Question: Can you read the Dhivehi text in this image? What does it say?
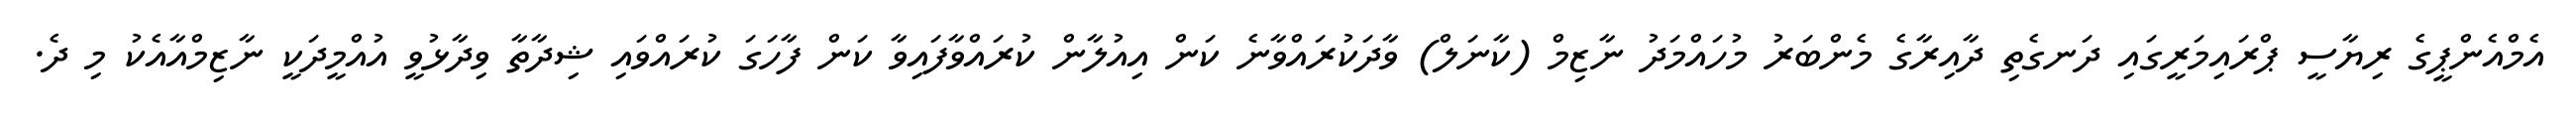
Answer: އެމްއެންޕީގެ ރިޔާސީ ޕްރައިމަރީގައި ދަނގެތި ދާއިރާގެ މެންބަރު މުހައްމަދު ނާޒިމް (ކާނަލް) ވާދަކުރައްވާނެ ކަން އިއުލާން ކުރައްވާފައިވާ ކަން ފާހަގަ ކުރައްވައި ޝިދާތާ ވިދާޅުވީ އުއްމީދަކީ ނާޒިމްއާއެކު މި ދެ.